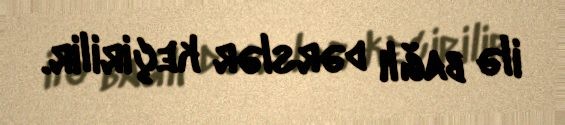
ilə bağlı dərslər keçirilir.